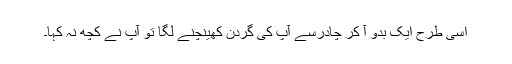
اسی طرح ایک بدو آ کر چادرسے آپ کی گردن کھینچنے لگا تو آپ نے کچھ نہ کہا۔